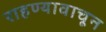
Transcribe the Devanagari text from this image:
राहण्यावाचून